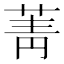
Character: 菁